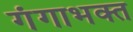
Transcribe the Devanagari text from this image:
गंगाभक्त